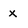
Character: x